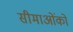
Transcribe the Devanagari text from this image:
सीमाओंको